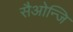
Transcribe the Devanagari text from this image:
सैओन्जि